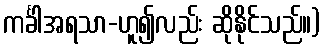
ကင်္ခါအရသာ-ဟူ၍လည်း ဆိုနိုင်သည်။)